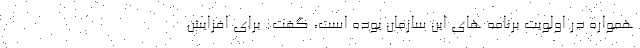
همواره در اولویت برنامه های این سازمان بوده است، گفت: برای افزایش